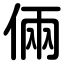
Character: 倆